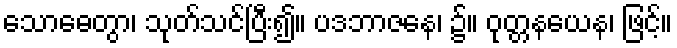
သောဓေတွာ၊ သုတ်သင်ပြီး၍။ ပဒဘာဇနေ၊ ၌။ ဝုတ္တနယေန၊ ဖြင့်။